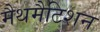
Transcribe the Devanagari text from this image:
मैथमैटिशन